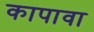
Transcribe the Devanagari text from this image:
कापावा